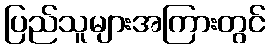
ပြည်သူများအကြားတွင်